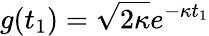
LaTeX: g(t_{1})=\sqrt{2\kappa}e^{-\kappa t_{1}}